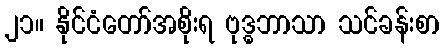
၂၁။ နိုင်ငံတော်အစိုးရ ဗုဒ္ဓဘာသာ သင်ခန်းစာ